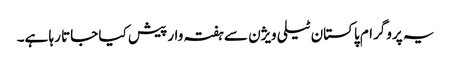
یہ پروگرام پاکستان ٹیلی ویژن سے ہفتہ وار پیش کیا جاتا رہا ہے۔